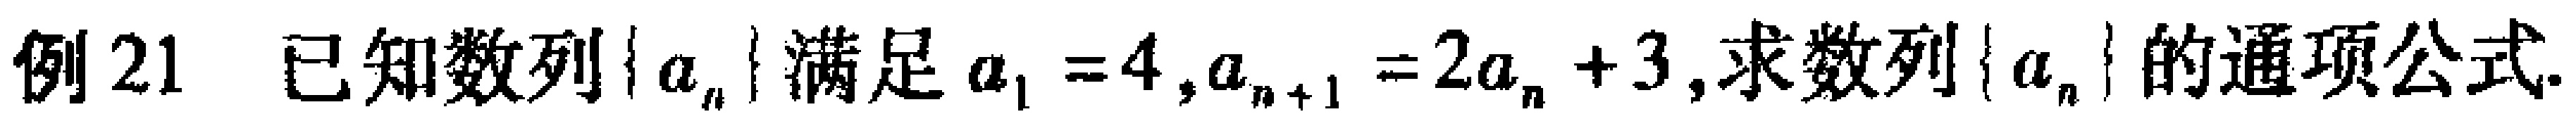
例21 已知数列\(\{ a_{n}\}\)满足\(a_{1}=4,a_{n + 1}=2a_{n}+3\),求数列\(\{ a_{n}\}\)的通项公式.